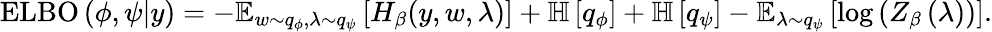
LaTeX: \operatorname{ELBO}\left(\phi,\psi\vert y\right)=-\operatorname{\mathbb{E}}_{w\sim q_{\phi},\lambda\sim q_{\psi}}\left[H_{\beta}(y,w,\lambda)\right]+\mathbb{H}\left[q_{\phi}\right]+\mathbb{H}\left[q_{\psi}\right]-\mathbb{E}_{\lambda\sim q_{\psi}}\left[\log\left(Z_{\beta}\left(\lambda\right)\right)\right].